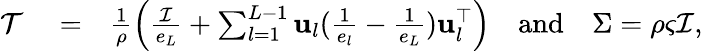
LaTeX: \begin{array}{rlr}{\mathcal{T}}&{{}=}&{\frac{1}{\rho}\left(\frac{\mathcal{I}}{e_{L}}+\sum_{l=1}^{L-1}\mathbf{u}_{l}(\frac{1}{e_{l}}-\frac{1}{e_{L}})\mathbf{u}_{l}^{\top}\right)\quad\mathrm{and}\quad\Sigma=\rho\varsigma\mathcal{I},}\end{array}